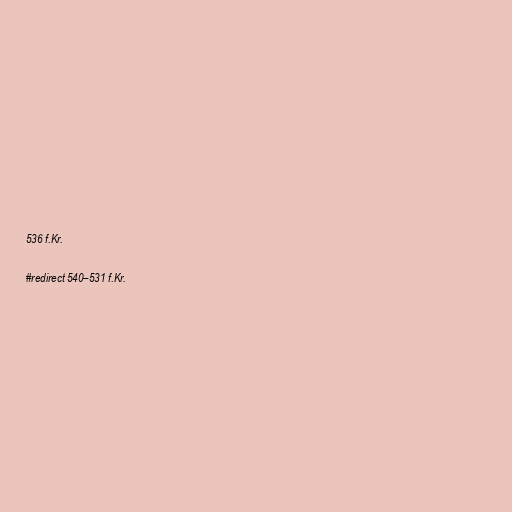
536 f.Kr.

#redirect 540–531 f.Kr.